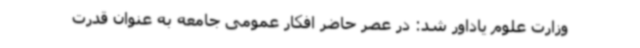
وزارت علوم یاداور شد: در عصر حاضر افکار عمومی جامعه به عنوان قدرت